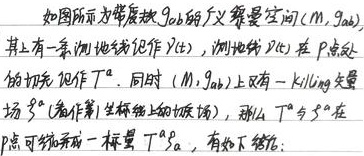
如图所示为带度规 \(g_{ab}\) 的广义黎曼空间 \((M, g_{ab})\)，其上有一条测地线记作 \(\gamma(t)\)，测地线 \(\gamma(t)\) 在 \(P\) 点处的切矢记作 \(T^{a}\)。同时 \((M, g_{ab})\) 上有一 Killing 矢量场 \(\xi^{a}\) (看作第 \(i\) 坐标轴上的基矢场)，那么 \(T^{a}\) 与 \(\xi^{a}\) 在 \(P\) 点可缩并成一标量 \(T^{a}\xi_{a}\)，有如下结论：